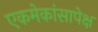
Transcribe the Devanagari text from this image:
एकमेकांसापेक्ष